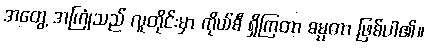
အတွေ့ အကြုံသည် လူတိုင်းမှာ ကိုယ်စီ ရှိကြတာ ဓမ္မတာ ဖြစ်ပါ၏။